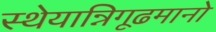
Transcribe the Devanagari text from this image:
स्थेयान्निगूढमानो